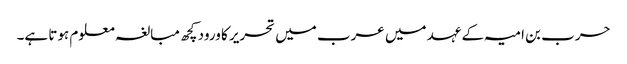
حرب بن امیہ کے عہد میں عرب میں تحریر کا ورود کچھ مبالغہ معلوم ہوتا ہے۔